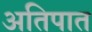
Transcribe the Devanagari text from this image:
अतिपात